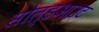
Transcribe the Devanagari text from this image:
सोल्डआउट